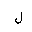
Letter: _lam